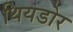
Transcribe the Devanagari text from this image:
थियडोर